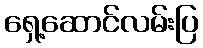
ရှေ့ဆောင်လမ်းပြ